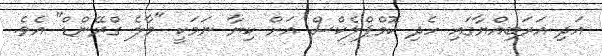
އަދި އަރަބިއްޔާގައި ހެދި ކޮމްޕްލެކްސް އަށް ކިޔާ ނަމަކީ "މާލެ ގްރޭންޑް" އެވެ.